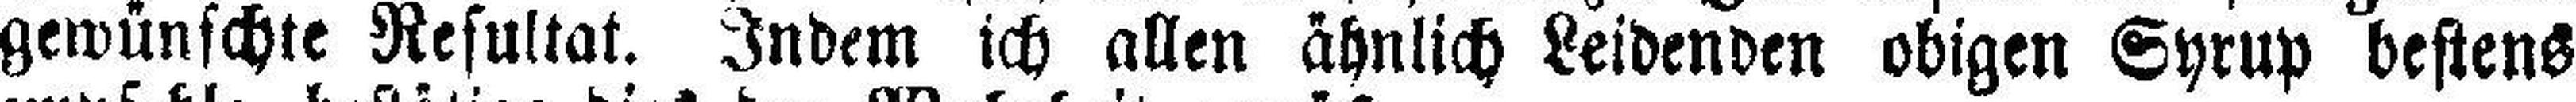
gewünschte Resultat. Indem ich allen ähnlich Leidenden obigen Syrup bestens